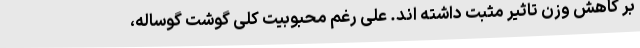
بر کاهش وزن تاثیر مثبت داشته اند. علی رغم محبوبیت کلی گوشت گوساله،